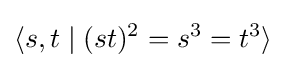
\langle s,t\mid (st)^{2}=s^{3}=t^{3}\rangle